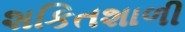
શકિતશાળી